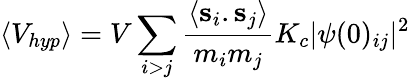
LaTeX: \langle V_{hyp}\rangle=V\sum_{i>j}\frac{\langle{\mathbf s_{i}}.{\mathbf s_{j}}\rangle}{m_{i}m_{j}}K_{c}|\psi(0)_{ij}|^{2}